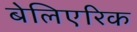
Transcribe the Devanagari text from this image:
बेलिएरिक